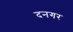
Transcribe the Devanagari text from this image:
दनगर